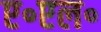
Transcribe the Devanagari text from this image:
ए॰एल॰